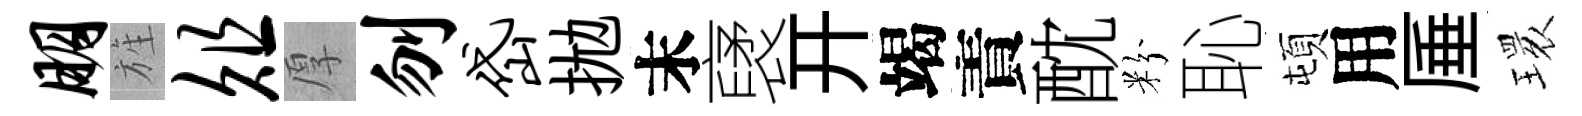
朋旌俎厚刎岱拋末裦开竭責酖粉恥頓用厜𤨔